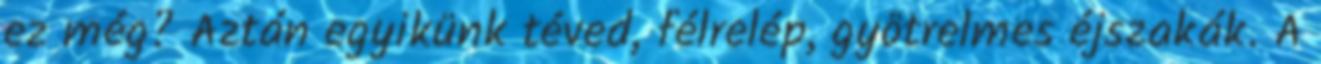
ez még? Aztán egyikünk téved, félrelép, gyötrelmes éjszakák. A